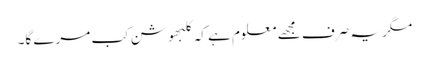
مگر یہ صرف مجھے معلوم ہے کہ کلبھوشن کب مرے گا۔